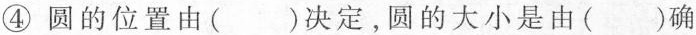
④圆的位置由( )决定，圆的大小是由( )确